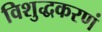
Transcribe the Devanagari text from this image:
विशुद्धकरणं